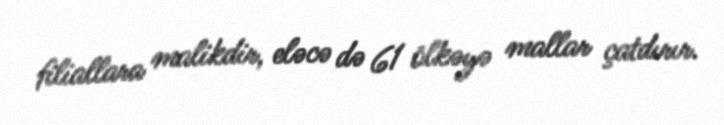
filiallara malikdir, eləcə də 61 ölkəyə mallar çatdırır.